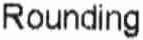
ROUNDING